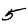
Digit: 5